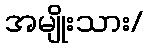
အမျိုးသား/